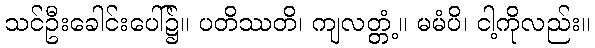
သင်ဦးခေါင်းပေါ်၌။ ပတိဿတိ၊ ကျလတ္တံ့။ မမံပိ၊ ငါ့ကိုလည်း။